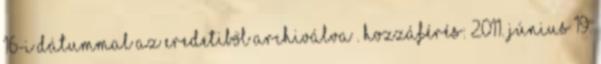
16-i dátummal az eredetiből archiválva . Hozzáférés: 2011. június 19.